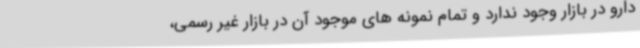
دارو در بازار وجود ندارد و تمام نمونه های موجود آن در بازار غیر رسمی،